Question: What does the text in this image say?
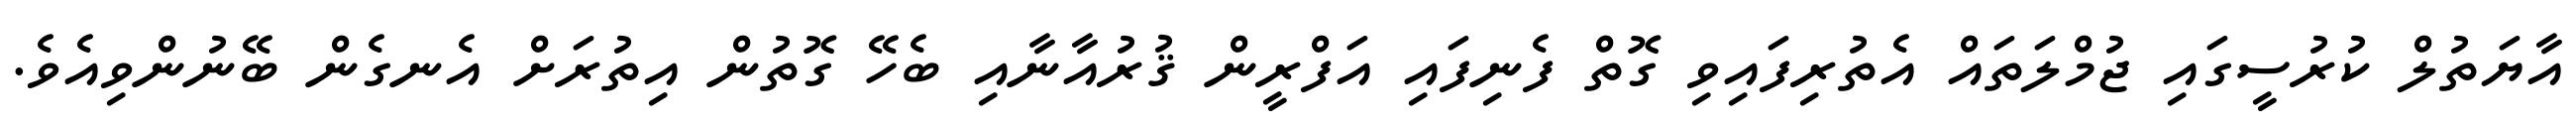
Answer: އާޔަތުލް ކުރުސީގައި ޖުމްލަތައް އެތުރިފައިވި ގޮތް ފެނިފައި އަފްރީން ޤުރުއާނާއި ބެހޭ ގޮތުން އިތުރަށް އެނގެން ބޭނުންވިއެވެ.